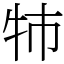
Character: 㸬